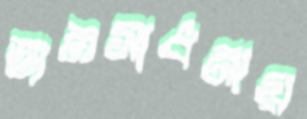
জ্ঞানসাধনায়